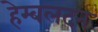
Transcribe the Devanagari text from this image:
हेम्बलदन